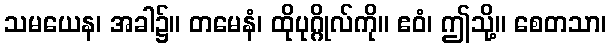
သမယေန၊ အခါ၌။ တမေနံ၊ ထိုပုဂ္ဂိုလ်ကို။ ဧဝံ၊ ဤသို့။ စေတသာ၊